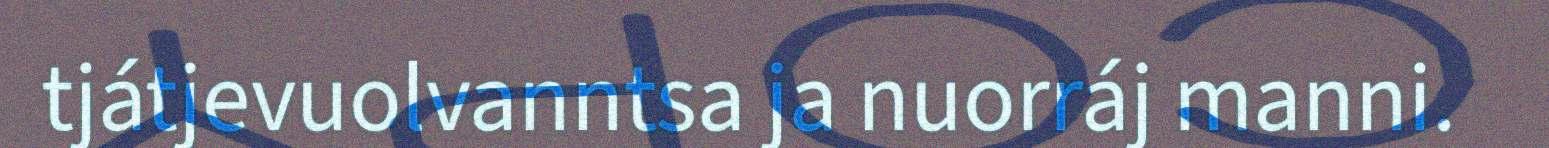
tjátjevuolvanntsa ja nuorráj manni.